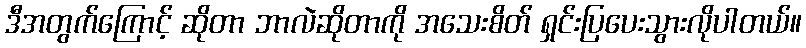
ဒီအတွက်ကြောင့် ဆိုတာ ဘာလဲဆိုတာကို အသေးစိတ် ရှင်းပြပေးသွားလိုပါတယ်။